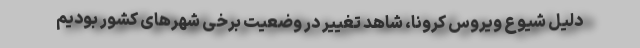
دلیل شیوع ویروس کرونا، شاهد تغییر در وضعیت برخی شهرهای کشور بودیم